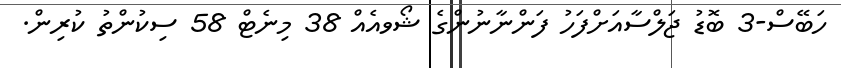
ހަބޭސް-3 ބޮޑު ޖަލްސާއަށްފަހު ފަންނާނުންގެ ޝޯވއެއް 38 މިނެޓް 58 ސިކުންތު ކުރިން.